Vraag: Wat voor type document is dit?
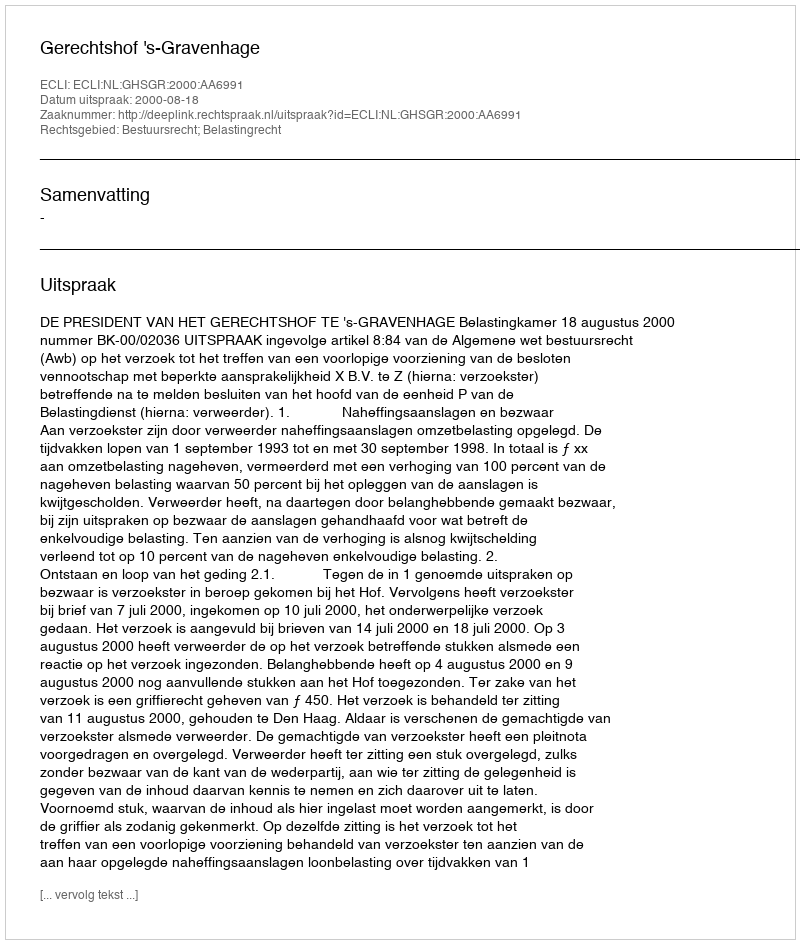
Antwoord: Uitspraak